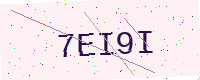
Text: 7EI9I